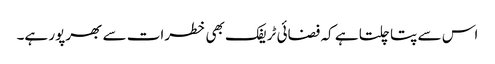
اس سے پتا چلتا ہے کہ فضائی ٹریفک بھی خطرات سے بھرپور ہے۔